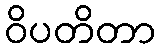
ဝိပတိတာ